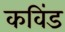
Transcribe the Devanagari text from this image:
कविंड